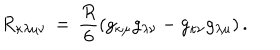
R _ { \kappa \lambda \mu \nu } \, = \, \frac { R } { 6 } \left( g _ { \kappa \mu } g _ { \lambda \nu } - g _ { \kappa \nu } g _ { \lambda \mu } \right) .